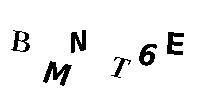
BMNT6E